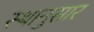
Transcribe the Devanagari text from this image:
स्थानुसार